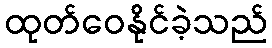
ထုတ်ဝေနိုင်ခဲ့သည်